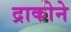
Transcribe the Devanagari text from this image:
द्राकोने